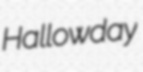
Hallowday